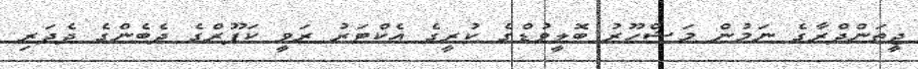
ޖީތަންދްރާގެ ނަމުން މަޝްހޫރު ބޮލީވުޑްގެ ކުރީގެ އެކްޓަރު ރަވީ ކަޕޫރްގެ ދެބެންގެ ދެދަރި